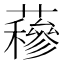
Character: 𧂅